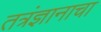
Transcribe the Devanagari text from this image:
तत्रंज्ञानाचा